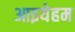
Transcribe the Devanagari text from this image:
आइयेहम